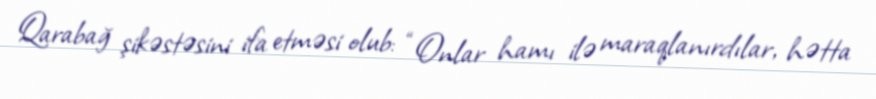
Qarabağ şikəstəsini ifa etməsi olub: “Onlar hamı ilə maraqlanırdılar, hətta